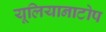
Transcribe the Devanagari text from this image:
यूलियानाटोप